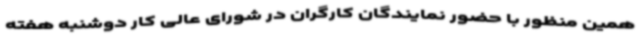
همین منظور با حضور نمایندگان کارگران در شورای عالی کار دوشنبه هفته